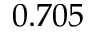
0 . 7 0 5